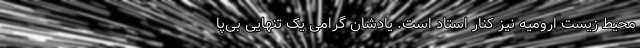
محیط زیست ارومیه نیز کنار استاد است. یادشان گرامی یک تنهایی بی‌پا